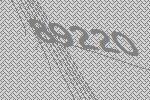
89220